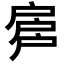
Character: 𢩕